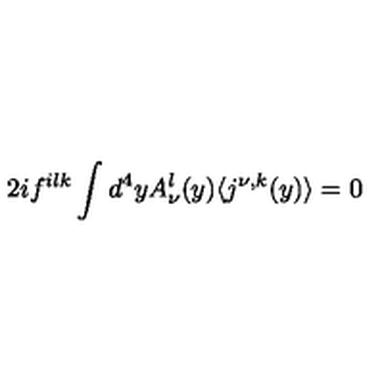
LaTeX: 2 i f ^ { i l k } \int d ^ { 4 } y A _ { \nu } ^ { l } ( y ) \langle j ^ { \nu , k } ( y ) \rangle = 0